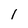
Character: I